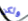
ولكن